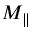
M _ { \parallel }